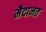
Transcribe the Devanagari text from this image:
मैदानत